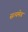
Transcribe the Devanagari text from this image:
सत्‍यमेव